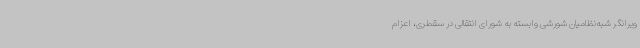
ویرانگر شبه‌نظامیان شورشی وابسته به شورای انتقالی در سقطری، اعزام